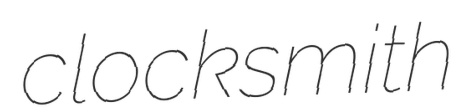
clocksmith